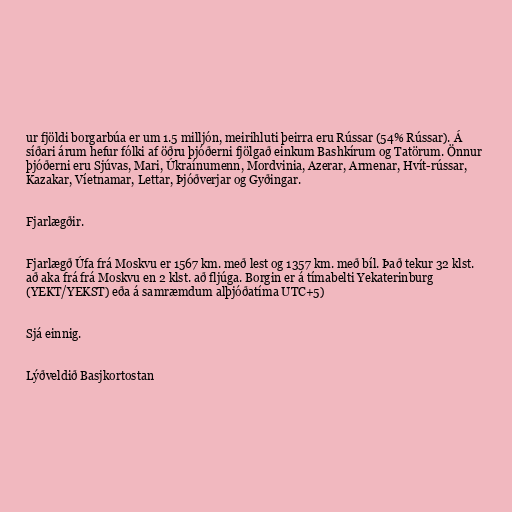
ur fjöldi borgarbúa er um 1.5 milljón, meirihluti þeirra eru Rússar (54% Rússar). Á
síðari árum hefur fólki af öðru þjóðerni fjölgað einkum Bashkírum og Tatörum. Önnur
þjóðerni eru Sjúvas, Mari, Úkraínumenn, Mordvinia, Azerar, Armenar, Hvít-rússar,
Kazakar, Víetnamar, Lettar, Þjóðverjar og Gyðingar.

Fjarlægðir.

Fjarlægð Úfa frá Moskvu er 1567 km. með lest og 1357 km. með bíl. Það tekur 32 klst.
að aka frá frá Moskvu en 2 klst. að fljúga. Borgin er á tímabelti Yekaterinburg
(YEKT/YEKST) eða á samræmdum alþjóðatíma UTC+5)

Sjá einnig.

Lýðveldið Basjkortostan